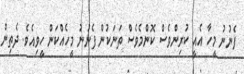
ފެނުނު މީހާ އެއީ ކުރިންވެސް ކޮންމެވެސް ތަނަކުން ފެނުނު މީހެއްކަން ހީވިއެވެ. ދެތިން